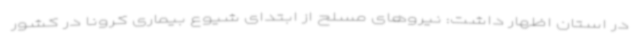
در استان اظهار داشت: نیروهای مسلح از ابتدای شیوع بیماری کرونا در کشور